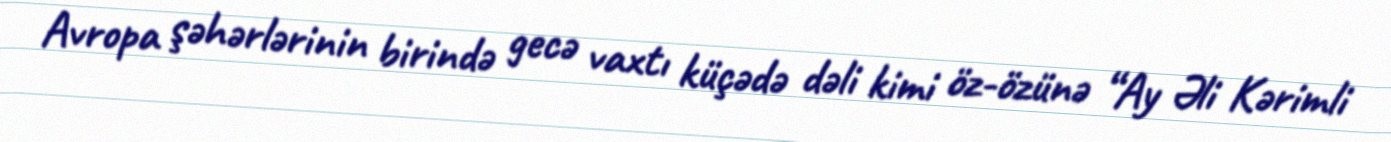
Avropa şəhərlərinin birində gecə vaxtı küçədə dəli kimi öz-özünə “Ay Əli Kərimli